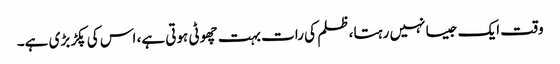
وقت ایک جیسا نہیں رہتا، ظلم کی رات بہت چھوٹی ہوتی ہے، اس کی پکڑ بڑی ہے۔